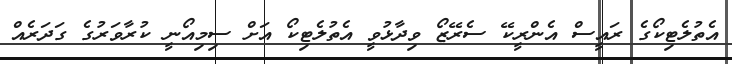
އެތުލެޓިކޯގެ ރައީސް އެންރީކޭ ސެރޭޒޯ ވިދާޅުވީ އެތުލެޓިކޯ އަށް ސިމިއޯނީ ކުރާވަރުގެ ގަދަރެއް